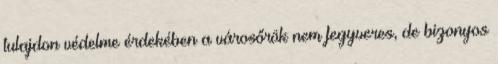
tulajdon védelme érdekében a városőrök nem fegyveres, de bizonyos